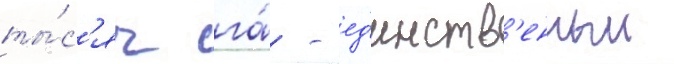
ты́с'яч га́ - ед'инств'енныи